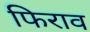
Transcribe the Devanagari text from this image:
फिराव